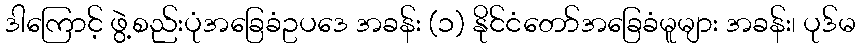
ဒါကြောင့် ဖွဲ့စည်းပုံအခြေခံဥပဒေ အခန်း (၁) နိုင်ငံတော်အခြေခံမူများ အခန်း၊ ပုဒ်မ